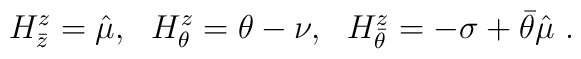
H^z_{\bar z} =\hat\mu,~~H^z_\theta =\theta -\nu,~~ H^z_{\bar\theta} = -\sigma +\bar\theta\hat\mu\ .